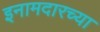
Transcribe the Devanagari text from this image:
इनामदारच्या